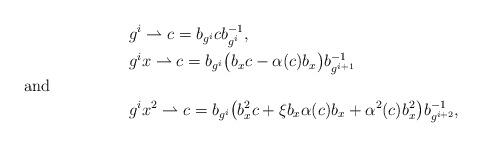
LaTeX: \begin{align*}& g^i\rightharpoonup c = b_{g^i} c b^{-1}_{g^i},\\& g^i x \rightharpoonup c = b_{g^i} \bigl(b_x c - \alpha(c)b_x\bigr) b^{-1}_{g^{i+1}}\shortintertext{and}&g^i x^2 \rightharpoonup c = b_{g^i} \bigl( b^2_x c + \xi b_x\alpha(c)b_x + \alpha^2(c)b^2_x\bigr) b^{-1}_{g^{i+2}},\end{align*}